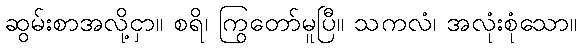
ဆွမ်းစာအလို့ငှာ။ စရိ၊ ကြွတော်မူပြီ။ သကလံ၊ အလုံးစုံသော။